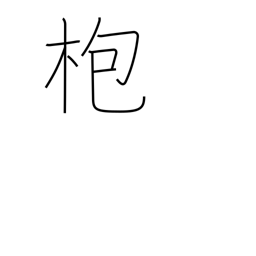
Meaning: gong stick